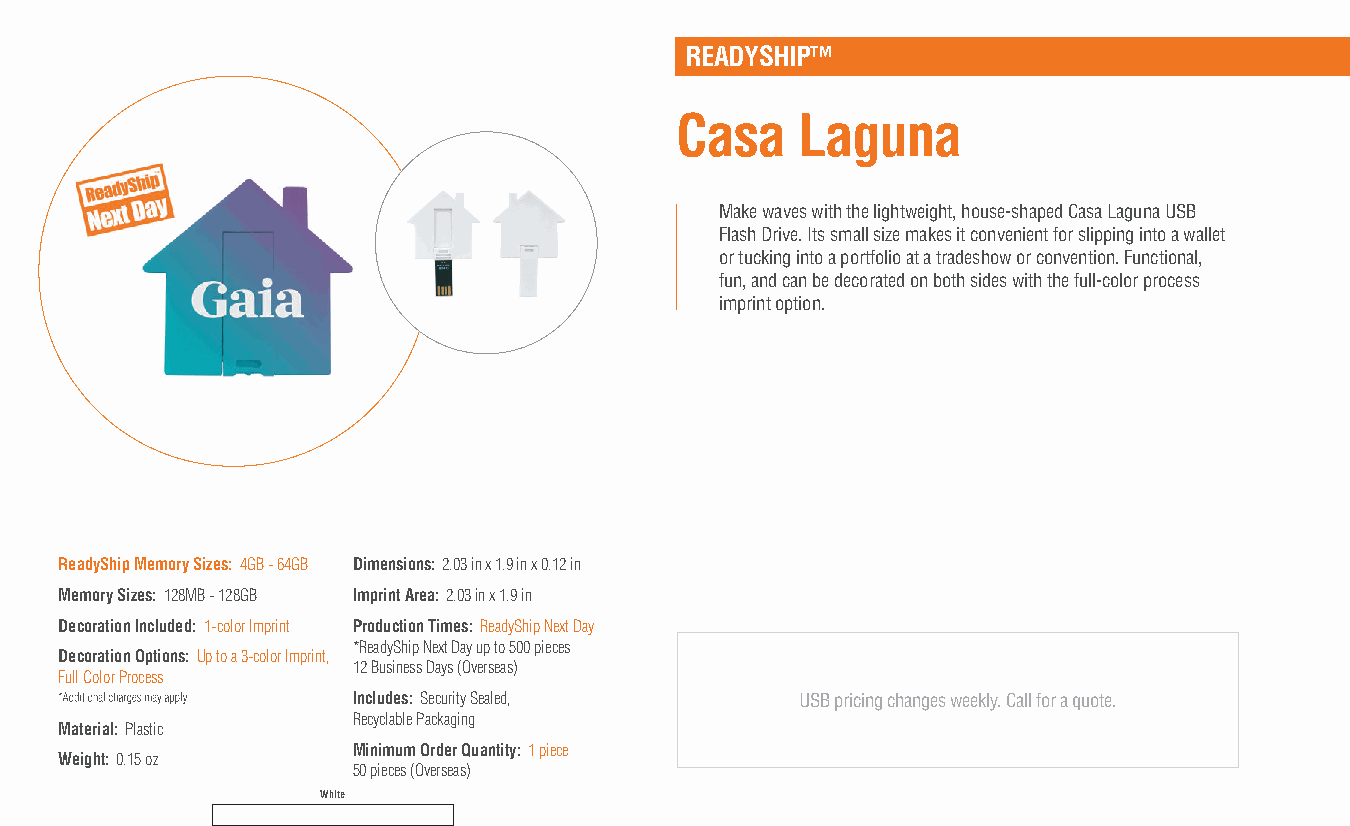
READYSHIP™
 Casa    Laguna
 Make waves with the lightweight, house-shaped Casa Laguna USB
 Flash Drive. Its small size makes it convenient for slipping into a wallet
 or tucking into a portfolio at a tradeshow or convention. Functional,
 fun, and can be decorated on both sides with the full-color process
 imprint option.
 ReadyShip Memory Sizes: 4GB - 64GB Dimensions: 2.03 in x 1.9 in x 0.12 in
 Memory Sizes: 128MB - 128GB Imprint Area: 2.03 in x 1.9 in
 Decoration Included: 1-color Imprint Production Times: ReadyShip Next Day
 *ReadyShip Next Day up to 500 pieces
 Decoration Options: Up to a 3-color Imprint,
 12 Business Days (Overseas)
 Full Color Process
 Includes: Security Sealed,    USB pricing changes weekly. Call for a quote.
 Recyclable Packaging
 Material: Plastic
 Minimum Order Quantity: 1 piece
 Weight: 0.15 oz
 50 pieces (Overseas)
 White